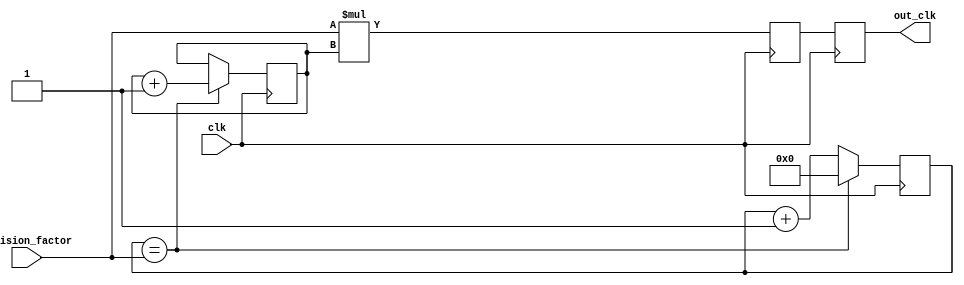
module floating_point_clock_divider (
    input wire clk,
    input wire [31:0] division_factor,
    output reg out_clk
);

reg [31:0] counter;
reg [31:0] sum;
reg [31:0] freq_multiplier;

always @(posedge clk) begin
    if (counter == division_factor) begin
        counter <= 0;
        sum <= sum + 1;
    end else begin
        counter <= counter + 1;
    end
end

always @(posedge clk) begin
    freq_multiplier <= division_factor * sum;
    out_clk <= freq_multiplier;
end

endmodule